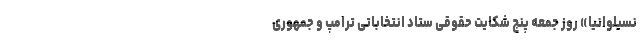
نسیلوانیا» روز جمعه پنج شکایت حقوقی ستاد انتخاباتی ترامپ و جمهوری